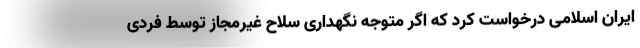
ایران اسلامی درخواست کرد که اگر متوجه نگهداری سلاح غیرمجاز توسط فردی